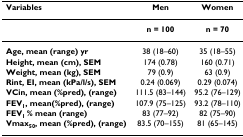
<table><thead><tr><td><b>Variables</b></td><td><b>Men</b></td><td><b>Women</b></td></tr></thead><tbody><tr><td></td><td><b>n = 100</b></td><td><b>n = 70</b></td></tr><tr><td><b>Age, mean (range) yr</b></td><td>38 (18–60)</td><td>35 (18–55)</td></tr><tr><td><b>Height, mean (cm), SEM</b></td><td>174 (0.78)</td><td>160 (0.71)</td></tr><tr><td><b>Weight, mean (kg), SEM</b></td><td>79 (0.9)</td><td>63 (0.9)</td></tr><tr><td><b>Rint, EI, mean (kPa/l/s), SEM</b></td><td>0.24 (0.069)</td><td>0.29 (0.074)</td></tr><tr><td><b>VCin, mean (%pred), (range)</b></td><td>111.5 (83–144)</td><td>95.2 (76–129)</td></tr><tr><td><b>FEV<sub>1</sub>, mean(%pred), (range)</b></td><td>107.9 (75–125)</td><td>93.2 (78–110)</td></tr><tr><td><b>FEV<sub>1 </sub>% mean (range)</b></td><td>83 (77–92)</td><td>82 (75–90)</td></tr><tr><td><b>Vmax<sub>50</sub>, mean (%pred), (range)</b></td><td>83.5 (70–155)</td><td>81 (65–145)</td></tr></tbody></table>